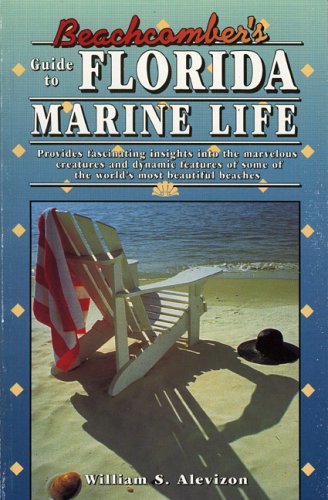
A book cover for Beachcomber's Guide to Florida Marine Life; William S. Alevizon; Travel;